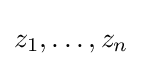
z_{1},\ldots ,z_{n}